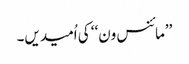
’’مائنس ون‘‘ کی اُمیدیں۔